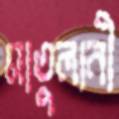
মাতুলানী